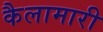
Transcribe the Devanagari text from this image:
कैलामारी